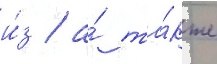
и́з / а́ та́кже